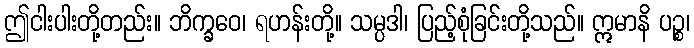
ဤငါးပါးတို့တည်း။ ဘိက္ခဝေ၊ ရဟန်းတို့။ သမ္ပဒါ၊ ပြည့်စုံခြင်းတို့သည်။ ဣမာနိ ပဉ္စ၊